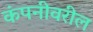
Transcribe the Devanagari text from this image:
कंपनीवरील